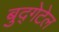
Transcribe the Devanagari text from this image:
बुद्गेटेल